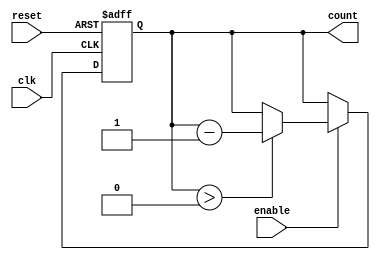
module down_counter #(parameter N = 15) (
    input wire clk,          // Clock input
    input wire enable,       // Enable signal
    input wire reset,        // Asynchronous reset signal
    output reg [clog2(N+1)-1:0] count // Current count value
);

// Function to calculate log2 ceiling
function integer clog2;
    input integer value;
    begin
        clog2 = 0;
        while (2**clog2 < value) begin
            clog2 = clog2 + 1;
        end
    end
endfunction

// Asynchronous reset and counter logic
always @(posedge clk or posedge reset) begin
    if (reset) begin
        count <= N;  // Reset count to maximum value N
    end else if (enable) begin
        if (count > 0) begin
            count <= count - 1;  // Decrement the count
        end
        // If count is already zero, it stays at zero
    end
    // If enable is low, count holds its value
end

endmodule